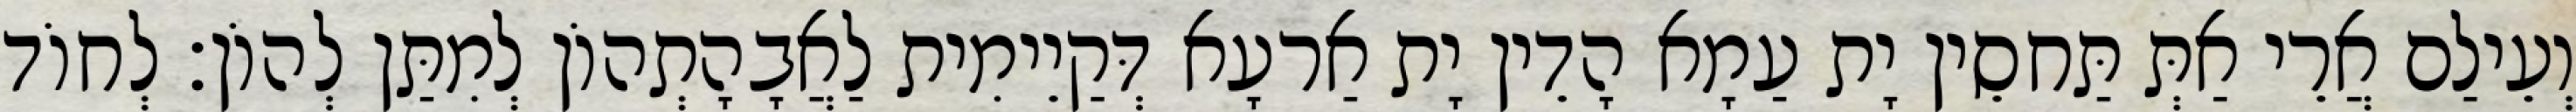
וְעֵילַם אֲרֵי אַתְּ תַּחסֵין יָת עַמָא הָדֵין יָת אַרעָא דְּקַיֵימִית לַאֲבָהָתְהוֹן לְמִתַּן לְהוֹן׃ לְחוֹד